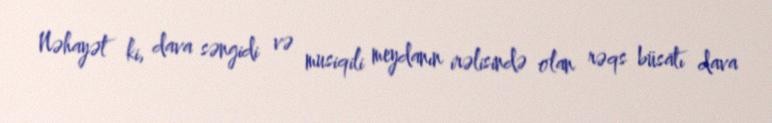
Nəhayət ki, dava səngidi və musiqili meydanın irəlisində olan rəqs büsatı dava